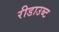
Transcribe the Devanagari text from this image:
रीडाउब्ट